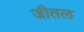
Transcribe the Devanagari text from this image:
जीतल